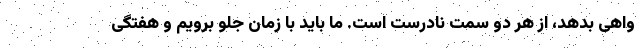
واهی بدهد،‌ از هر دو سمت نادرست است. ما باید با زمان جلو برویم و هفتگی